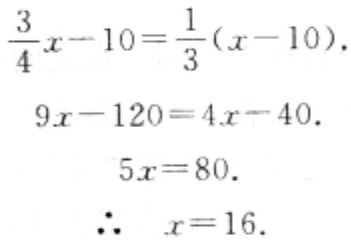
\[\begin{align*}
\frac{3}{4}x - 10&=\frac{1}{3}(x - 10)\\
9x-120&=4x - 40\\
5x&=80\\
\therefore x&=16
\end{align*}\]